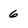
Character: 6